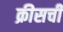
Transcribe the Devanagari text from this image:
क्रीसची